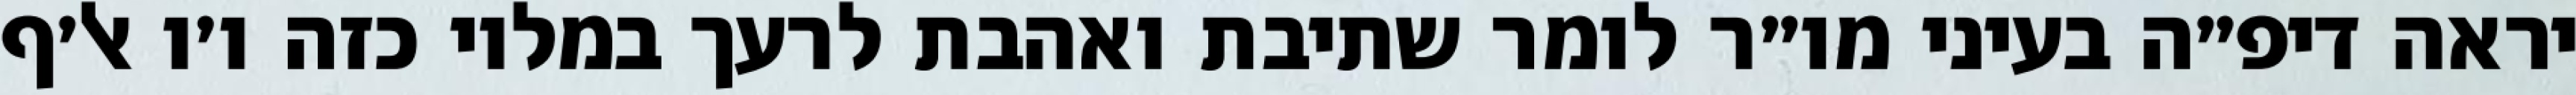
יראה דיפ״ה בעיני מו״ר לומר שתיבת ואהבת לרעך במלוי כזה ו׳ו אל׳ף